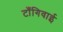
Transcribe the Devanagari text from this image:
टाँगिवाई